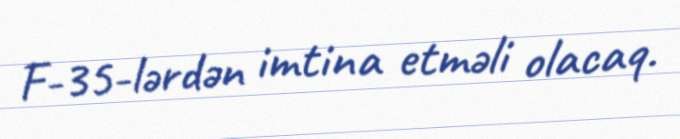
F-35-lərdən imtina etməli olacaq.